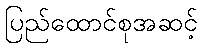
ပြည်ထောင်စုအဆင့်